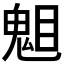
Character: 𱳆